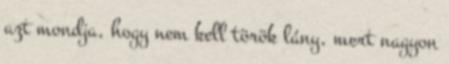
azt mondja, hogy nem kell török lány, mert nagyon